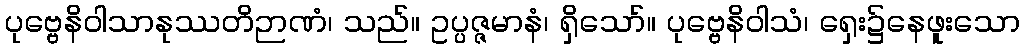
ပုဗ္ဗေနိဝါသာနုဿတိဉာဏံ၊ သည်။ ဥပ္ပဇ္ဇမာနံ၊ ရှိသော်။ ပုဗ္ဗေနိဝါသံ၊ ရှေး၌နေဖူးသော